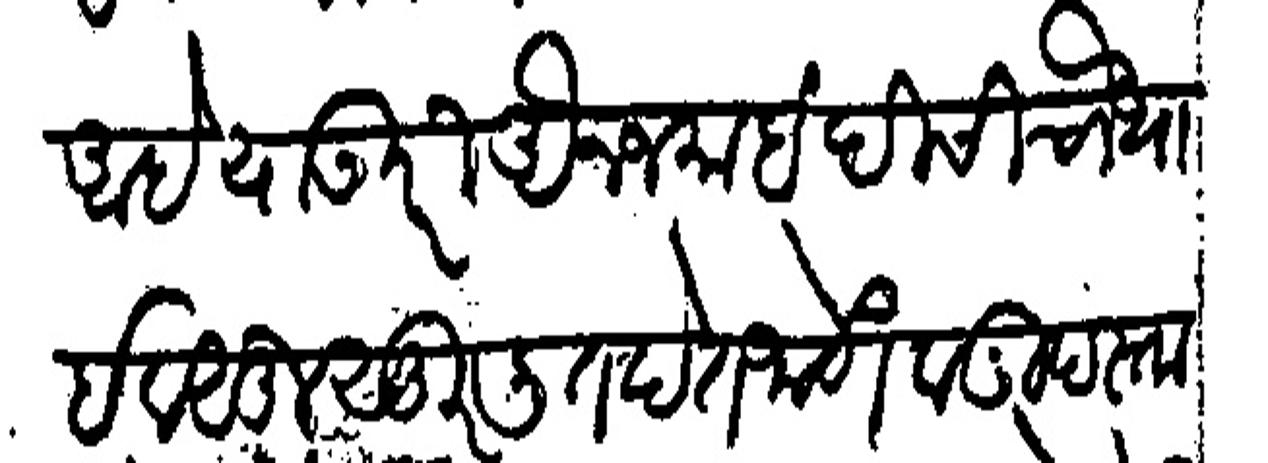
Transliteration (Devanagari): आहे याउपरी अैन जमाबंदीची चौथाई वसुल सुरलीत देत जाणे व गुदस्ता